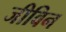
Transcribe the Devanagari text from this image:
जीविन